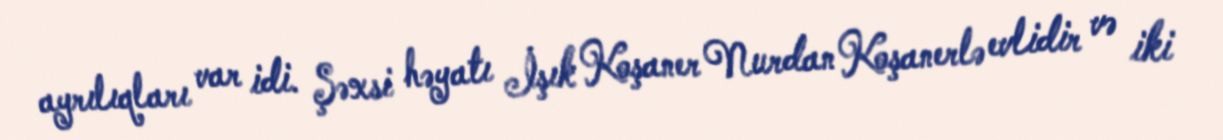
ayrılıqları var idi. Şəxsi həyatı İşık Koşaner Nurdan Koşanerlə evlidir və iki